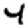
Digit: 4